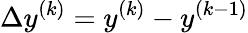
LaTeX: \Delta y^{(k)}=y^{(k)}-y^{(k-1)}